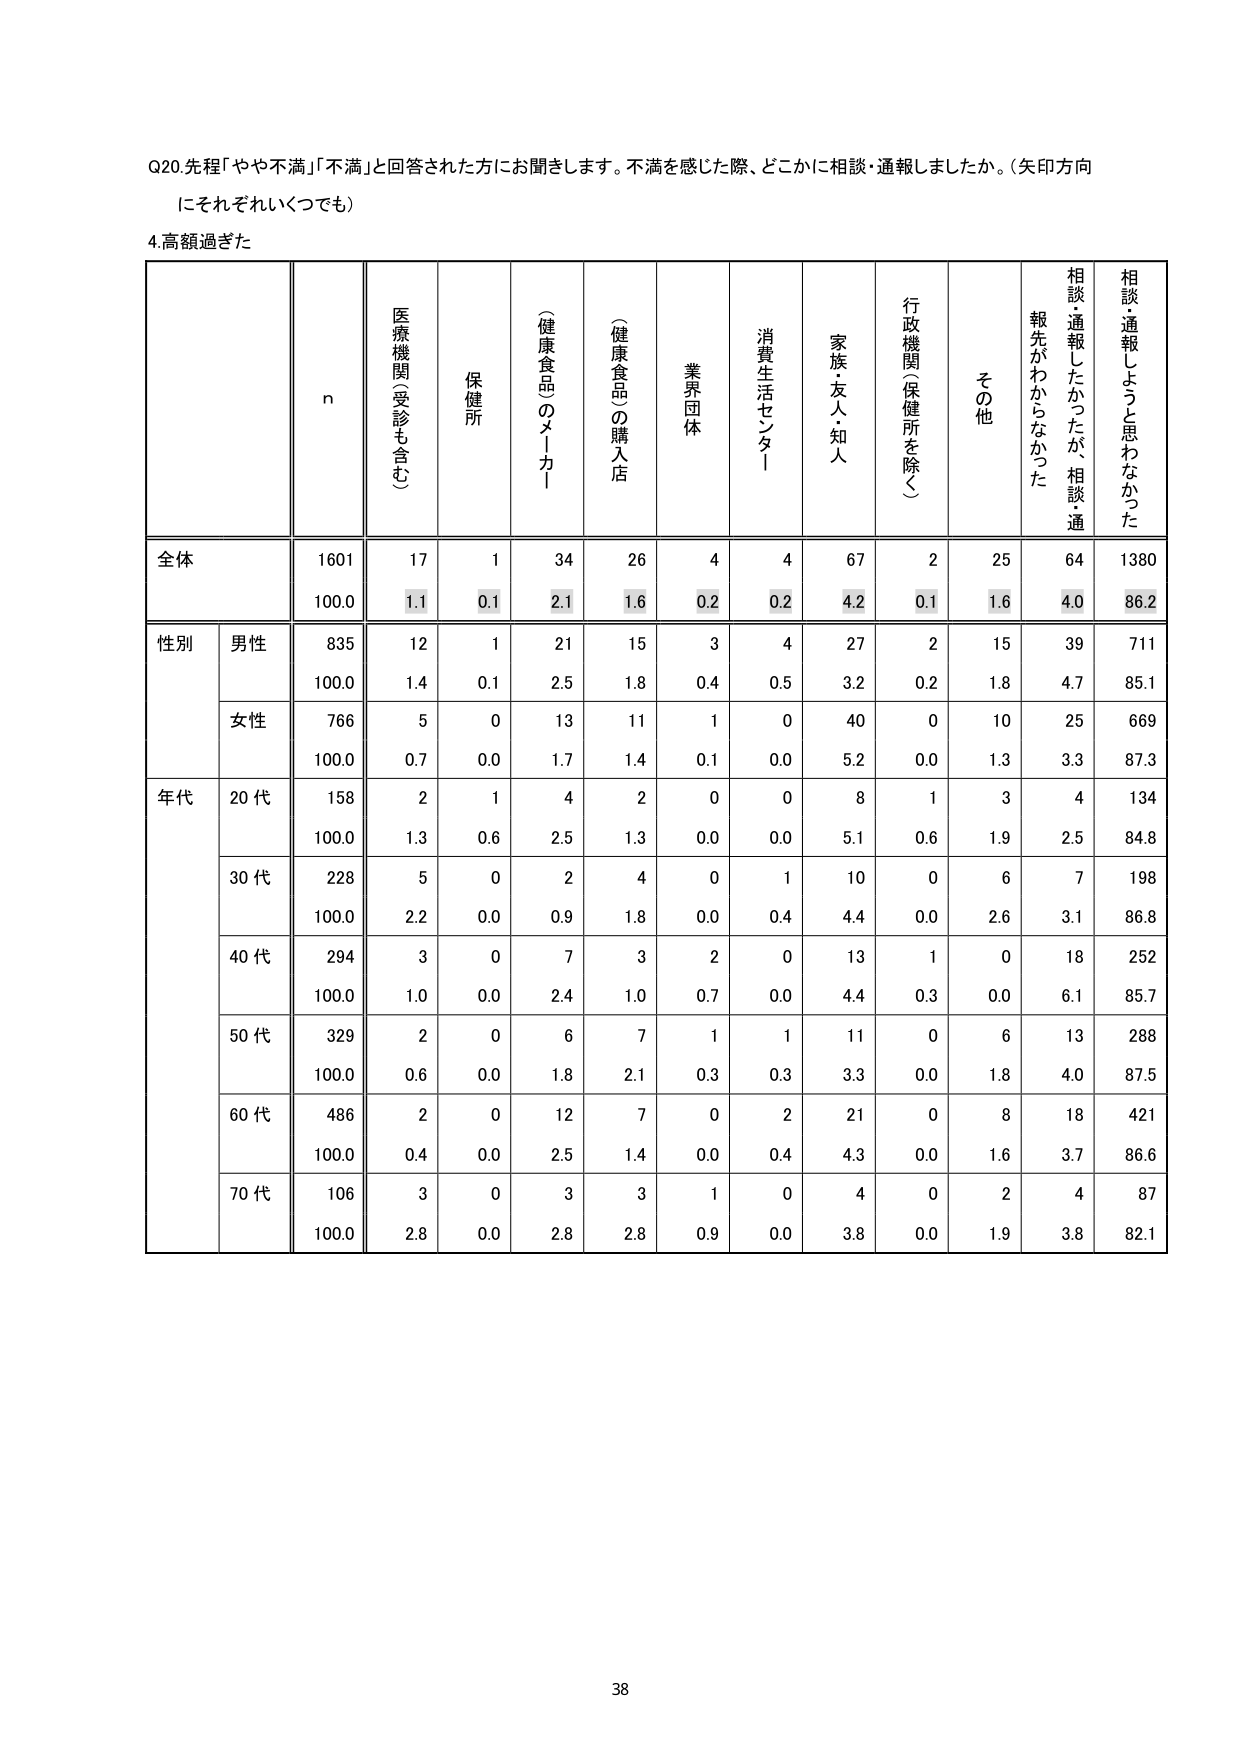
Q20. 先程「やや不満」「不満」と回答された方にお聞きします。不満を感じた際、どこかに相談・通報しましたか。（矢印方向にそれぞれいくつでも）

4. 高額過ぎた

n
医療機関（受診も含む）
保健所
（健康食品のメーカー）
（健康食品）の購入店
業界団体
消費生活センター
家族・友人・知人
行政機関（保健所を除く）
その他
相談・通報したかったが、相談・通報先がわからなかった
相談・通報しようと思わなかった

全体
1601
17
1
34
26
4
4
67
2
25
64
1380
100.0
1.1
0.1
2.1
1.6
0.2
0.2
4.2
0.1
1.6
4.0
86.2

性別
男性
835
12
1
21
15
3
4
27
2
15
39
711
100.0
1.4
0.1
2.5
1.8
0.4
0.5
3.2
0.2
1.8
4.7
85.1
女性
766
5
0
13
11
1
0
40
0
10
25
669
100.0
0.7
0.0
1.7
1.4
0.1
0.0
5.2
0.0
1.3
3.3
87.3

年代
20代
158
2
1
4
2
0
0
8
1
3
4
134
100.0
1.3
0.6
2.5
1.3
0.0
0.0
5.1
0.6
1.9
2.5
84.8
30代
228
5
0
2
4
0
1
10
0
6
7
198
100.0
2.2
0.0
0.9
1.8
0.0
0.4
4.4
0.0
2.6
3.1
86.8
40代
294
3
0
7
3
2
0
13
1
0
18
252
100.0
1.0
0.0
2.4
1.0
0.7
0.0
4.4
0.3
0.0
6.1
85.7
50代
329
2
0
6
7
1
1
11
0
6
13
288
100.0
0.6
0.0
1.8
2.1
0.3
0.3
3.3
0.0
1.8
4.0
87.5
60代
486
2
0
12
7
0
2
21
0
8
18
421
100.0
0.4
0.0
2.5
1.4
0.0
0.4
4.3
0.0
1.6
3.7
86.6
70代
106
3
0
3
3
1
0
4
0
2
4
87
100.0
2.8
0.0
2.8
2.8
0.9
0.0
3.8
0.0
1.9
3.8
82.1

38